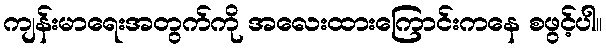
ကျန်းမာရေးအတွက်ကို အလေးထားကြောင်းကနေ စဖွင့်ပါ။